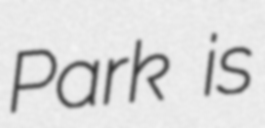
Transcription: Park is